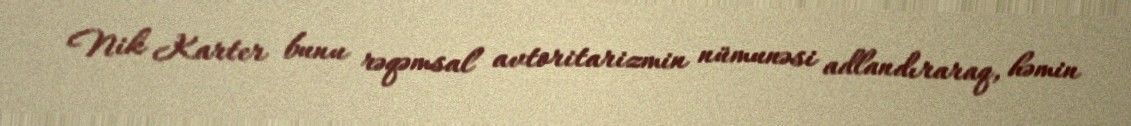
Nik Karter bunu rəqəmsal avtoritarizmin nümunəsi adlandıraraq, həmin